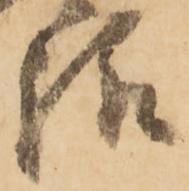
給